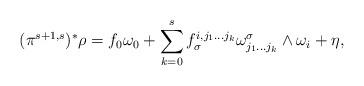
LaTeX: \begin{align*}(\pi^{s+1,s})^{*}\rho=f_{0}\omega_{0}+\sum_{k=0}^{s}f_{\sigma}^{i,j_{1}\ldots j_{k}}\omega_{j_{1}\ldots j_{k}}^{\sigma}\wedge\omega_{i}+\eta,\end{align*}